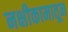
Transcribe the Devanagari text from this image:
नक्षीकामातून